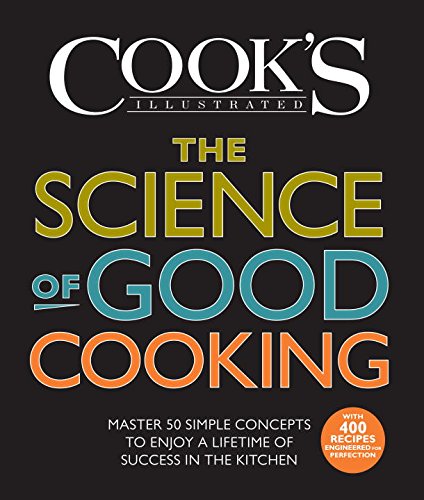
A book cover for The Science of Good Cooking (Cook's Illustrated Cookbooks); The Editors of America's Test Kitchen and Guy Crosby Ph.D; Cookbooks, Food & Wine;